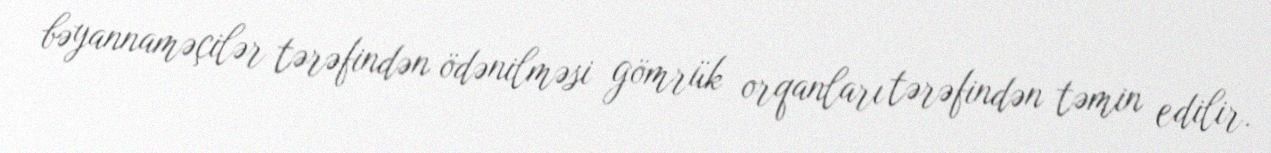
bəyannaməçilər tərəfindən ödənilməsi gömrük orqanları tərəfindən təmin edilir.